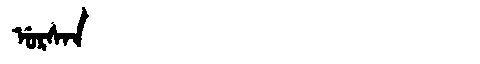
Manchu: ᡠᡵᠰᠠᠨ
Romanization: URSAN